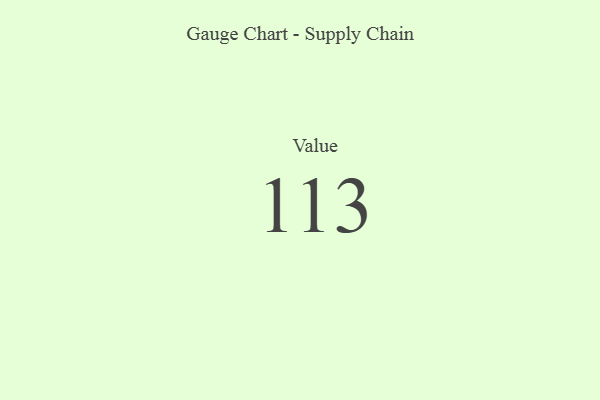
{"axis": {"x": "Metric", "y": "Value"}, "legend": [""], "data": [{"x": "Value", "y": 113, "type": ""}]}